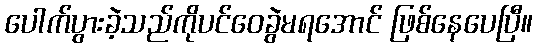
ပေါက်ပွားခဲ့သည်ကိုပင်ဝေခွဲမရအောင် ဖြစ်နေပေပြီ။